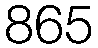
865